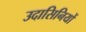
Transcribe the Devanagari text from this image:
उदासिनियों